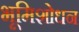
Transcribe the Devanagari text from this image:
भूमिशोधन